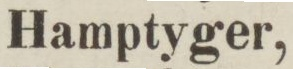
Hamptyger,